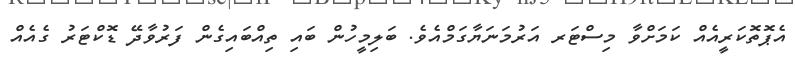
އެޕޮތޮކަރީއެއް ކަމަށްވާ މިސްޓަރ އަރުމަނަޔާގަމްއެވެ. ބަލިމީހުން ބައި ތިއްބައިގެން ފަރުވާދޭ ޑޮކްޓަރު ގެއެއް